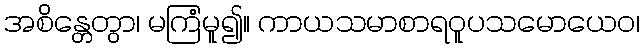
အစိန္တေတွာ၊ မကြံမူ၍။ ကာယသမာစာရဝူပသမောယေဝ၊